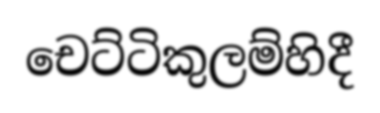
චෙට්ටිකුලම්හිදී